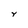
Character: Y